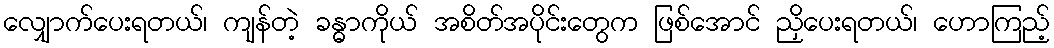
လျှောက်ပေးရတယ်၊ ကျန်တဲ့ ခန္ဓာကိုယ် အစိတ်အပိုင်းတွေက ဖြစ်အောင် ညှိပေးရတယ်၊ ဟောကြည့်